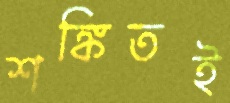
শঙ্কিতই